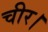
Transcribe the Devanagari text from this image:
चीर।